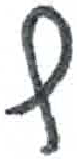
אות: ץ